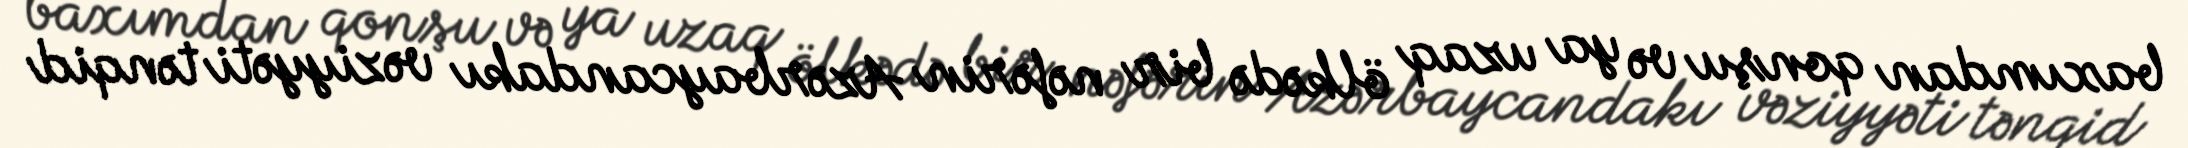
baxımdan qonşu və ya uzaq ölkədə bir nəfərin Azərbaycandakı vəziyyəti tənqid